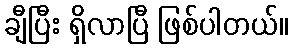
ချီပြီး ရှိလာပြီ ဖြစ်ပါတယ်။